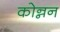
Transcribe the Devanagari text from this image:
कोन्नन